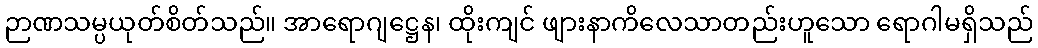
ဉာဏသမ္ပယုတ်စိတ်သည်။ အာရောဂျဋ္ဌေန၊ ထိုးကျင် ဖျားနာကိလေသာတည်းဟူသော ရောဂါမရှိသည်